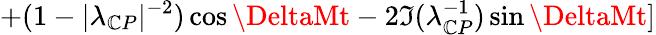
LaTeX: +(1-|\lambda_{\mathbb{C}P}|^{-2})\cos\DeltaMt-2\Im(\lambda_{\mathbb{C}P}^{-1})\sin\DeltaMt]